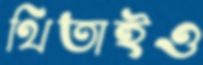
থিতাইও